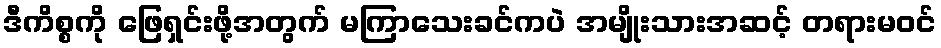
ဒီကိစ္စကို ဖြေရှင်းဖို့အတွက် မကြာသေးခင်ကပဲ အမျိုးသားအဆင့် တရားမဝင်